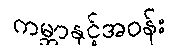
ကမ္ဘာနှင့်အဝန်း